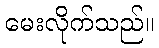
မေးလိုက်သည်။